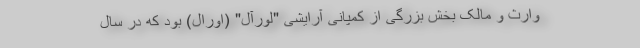
وارث و مالک بخش بزرگی از کمپانی آرایشی "لورآل" (اورال) بود که در سال